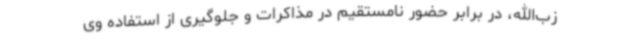
زب‌الله، در برابر حضور نامستقیم در مذاکرات و جلوگیری از استفاده وی